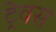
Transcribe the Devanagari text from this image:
ट्रेवस